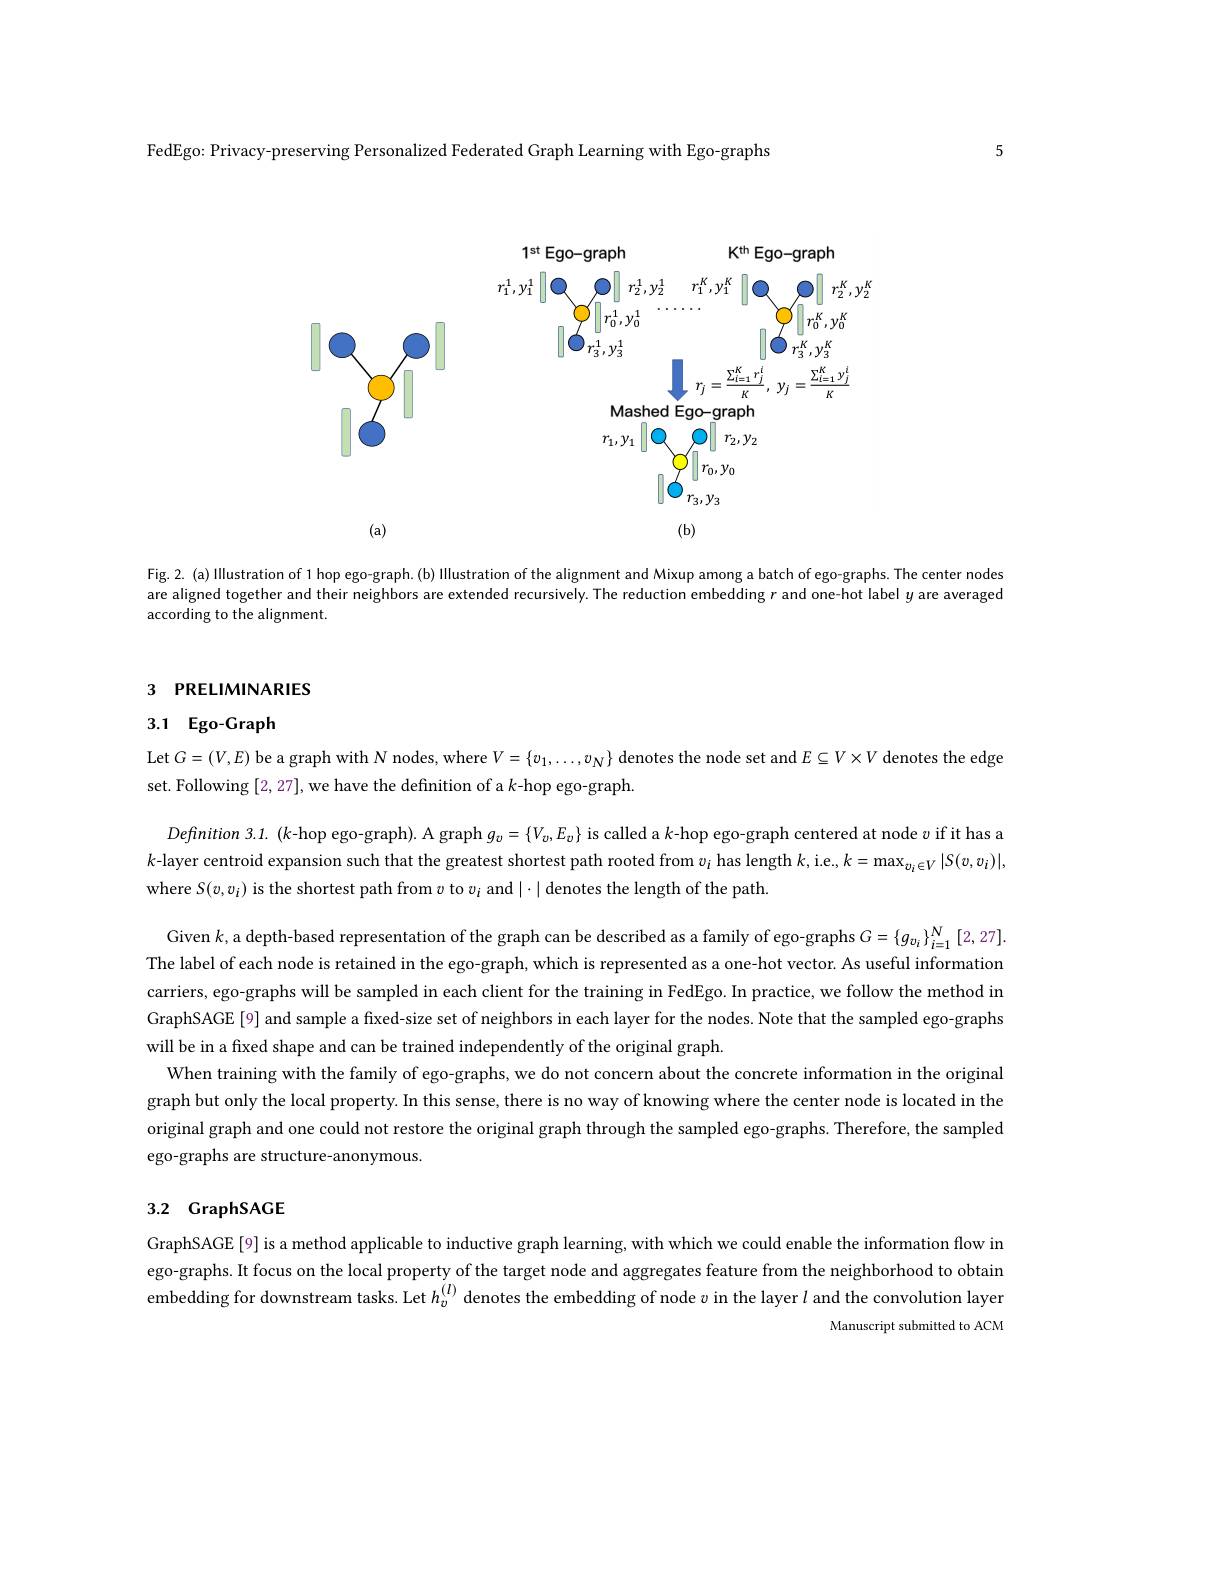
5

FedEgo: Privacy-preserving Personalized Federated Graph Learning with Ego-graphs

<FigureHere>

Fig.2. (a) Illustration of 1 hop ego graph.(b) Illustration of the alignment and Mixup among a batch of ego-graphs. The center nodes are aligned together and their neighbors are extended recursively. The reduction embedding $r$ and one-hot label $y$ are averaged according to the alignment.

## 3 PRELIMINARIES

# 3.1 Ego-Graph

Let $G=(V,E)$ be a graph with $N$ nodes, where $V=\{v_1,\ldots,v_{N}\}$ denotes the node set and $E\subseteq V\times V$ denotes the edge
set. Following [2, 27], we have the definition of a k-hop ego-graph.

Defnition 3.1. (k-hop ego-graph). A graph $g_v=\{V_v,E_v\}$ is called a $k$-hop ego-graph centered at node $v$ if it has a $k$-layer centroid expansion such that the greatest shortest path rooted from $v_i$ has length $k$, ie., $k=\max_{v_i\in V}|S(v,v_i)|$, where $S(v,v_{i})$ is the shortest path from $v$ to $v_i$ and $|\cdot|$ denotes the length of the path

Given $k$, a depth-based representation of the graph can be described as a family of ego-graphs $G=\{g_{v_i}\}_{i=1}^{N}[2,27].$ The label of each node is retained in the ego-graph, which is represented as a one-hot vector. As useful information carriers, ego-graphs will be sampled in each client for the training in FedEgo. In practice, we follow the method in GraphSAGE [9] and sample a fixed-size set of neighbors in each layer for the nodes. Note that the sampled ego-graphs will be in a fixed shape and can be trained independently of the original graph.
When training with the family of ego-graphs, we do not concern about the concrete information in the original graph but only the local property. In this sense, there is no way of knowing where the center node is located in the original graph and one could not restore the original graph through the sampled ego-graphs. Therefore, the sampled ego-graphs are structure-anonymous.

# 3.2 GraphSAGE

GraphSAGE[9] is a method applicable to inductive graph learning, with which we could enable the information flow in ego-graphs. It focus on the local property of the target node and aggregates feature from the neighborhood to obtain embedding for downstream tasks. Let $h_v^{(I)}$ denotes the embedding of node $v$ in the layer $l$ and the convolution layer
Manuscript submitted to ACM